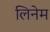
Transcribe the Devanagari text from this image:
लिनेम